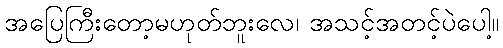
အပြေကြီးတော့မဟုတ်ဘူးလေ၊ အသင့်အတင့်ပဲပေါ့။